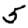
Digit: 5